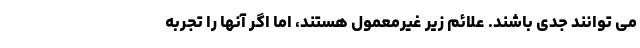
می توانند جدی باشند. علائم زیر غیرمعمول هستند، اما اگر آنها را تجربه